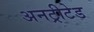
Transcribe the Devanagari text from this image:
अनट्रीटेड